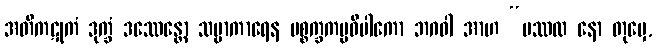
အတိကဋုကံ ဒုက္ခံ ဒဿေန္တော သဗ္ဗာကာရေန ပစ္စက္ခကမ္မဝိပါကော ဘဂဝါ အာဟ “ပဿထ နော တုမှေ,